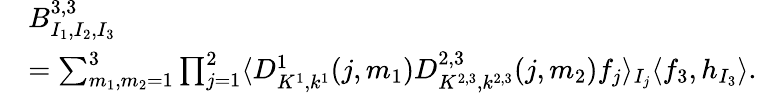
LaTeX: \begin{array}{rl}&{B_{I_{1},I_{2},I_{3}}^{3,3}}\\ &{=\sum_{m_{1},m_{2}=1}^{3}\prod_{j=1}^{2}\langle D_{K^{1},k^{1}}^{1}(j,m_{1})D_{K^{2,3},k^{2,3}}^{2,3}(j,m_{2})f_{j}\rangle_{I_{j}}\langle f_{3},h_{I_{3}}\rangle.}\end{array}